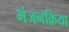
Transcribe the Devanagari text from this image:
भंजनक्रिया